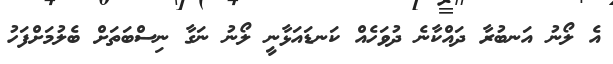
އެ ލޯނު އަނބުރާ ދައްކާނެ ދުވަހެއް ކަނޑައަޅާނީ ލޯނު ނަގާ ނިސްބަތަށް ބެލުމަށްފަހު